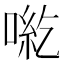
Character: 𠶹